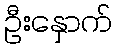
ဦးနှောက်